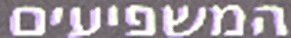
המשפיעים